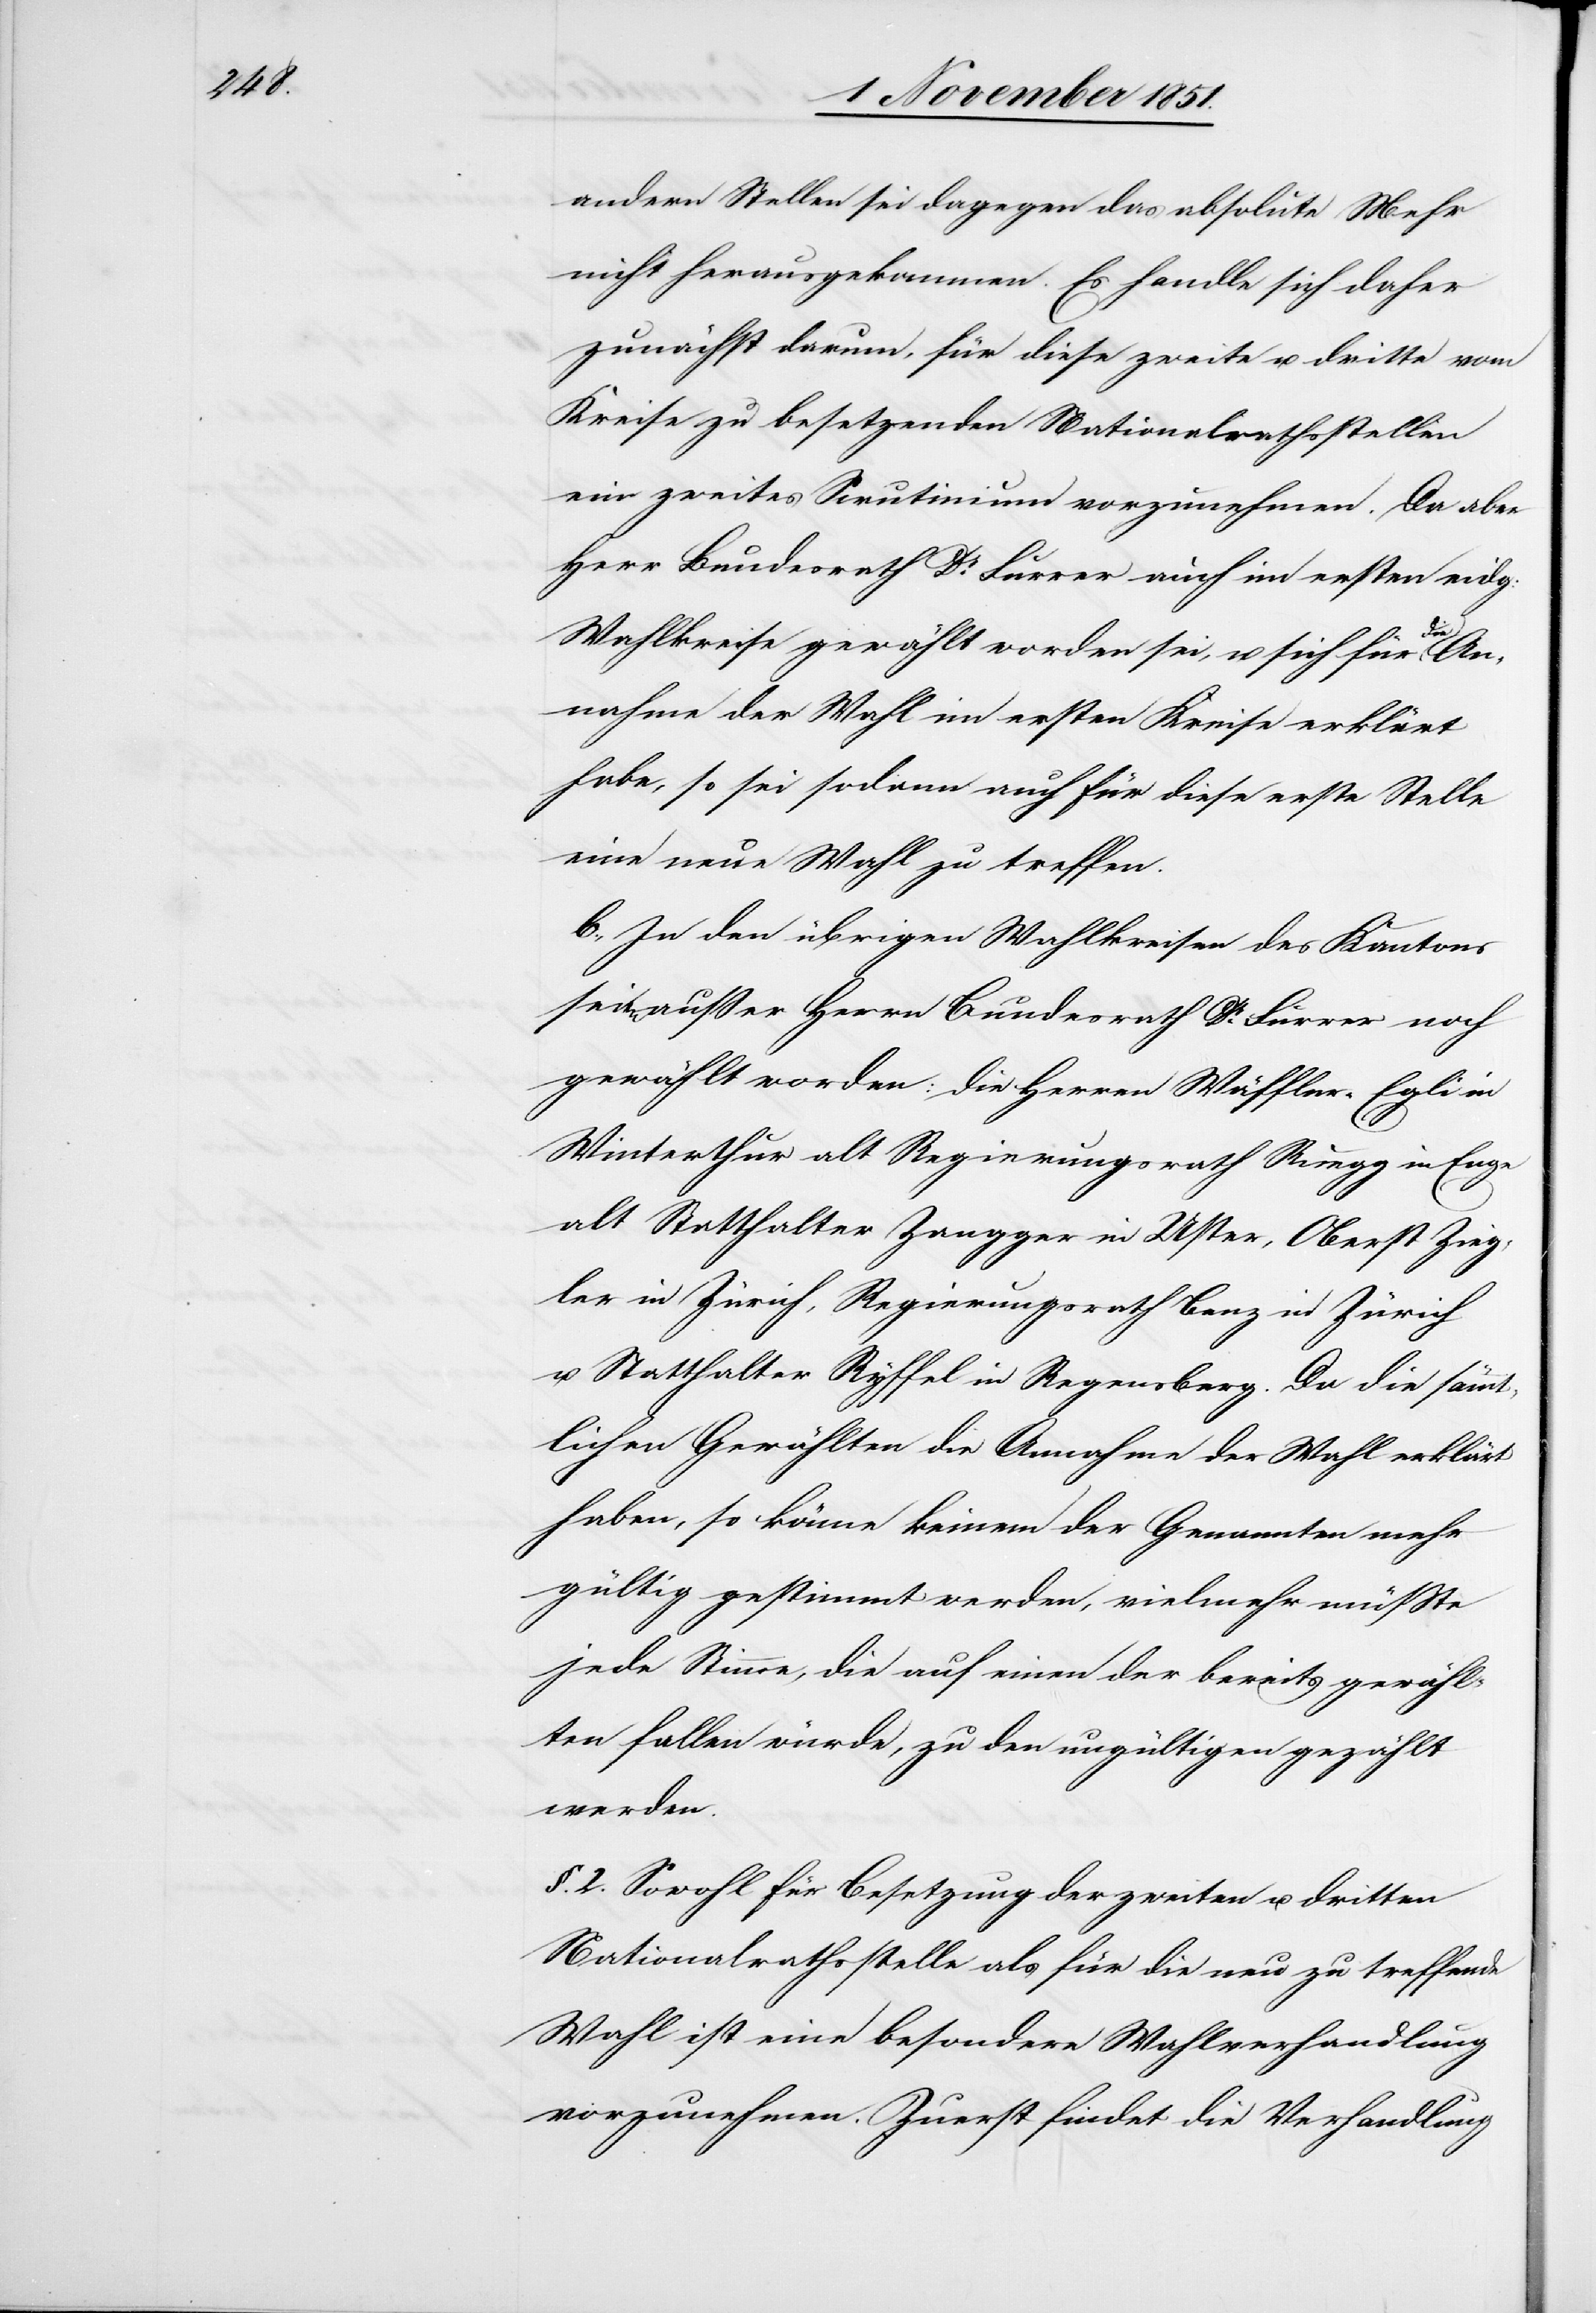
andern Stellen sei dagegen das absolute Mehr
nicht herausgekommen. Es handle sich daher
zunächst darum, für diese zweite u. dritte vom
Kreise zu besetzenden Nationalrathsstellen
ein zweites Scrutinium vorzunehmen. Da aber
Herr Bundesrath Dr Furrer auch im ersten eidg:
Wahlkreise gewählt worden sei, u. sich für die An¬
nahme der Wahl im ersten Kreise erklärt
habe, so sei sodann auch für diese erste Stelle
eine neue Wahl zu treffen.
b., In den übrigen Wahlkreisen des Kantons
seien außer Herrn Bundesrath Dr Furrer noch
gewählt worden: die Herren Wäffler-Egli in
Winterthur[,] alt Regierungsrath Ruegg in Enge[,]
alt Statthalter Zangger in Uster, Oberst Zieg¬
ler in Zürich, Regierungsrath Benz in Zürich
u. Statthalter Ryffel in Regensberg. Da die sämmt¬
lichen Gewählten die Annahme der Wahl erklärt
haben, so könne keinem der Genannten mehr
gültig gestimmt werden, vielmehr müßte
jede Stimme, die auf einen der bereits gewähl¬
ten fallen würde, zu den ungültigen gezählt
werden.
§. 2. Sowohl für Besetzung der zweiten u. dritten
Nationalrathsstelle als für die neu zu treffende
Wahl ist eine besondere Wahlverhandlung
vorzunehmen. Zuerst findet die Verhandlung